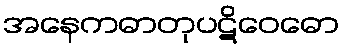
အနေကဓာတုပဋိဝေဓော